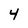
Character: 4